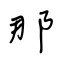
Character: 那